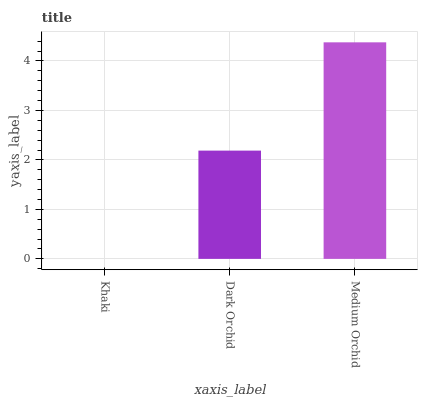
| xaxis_label | bars |
 | --- | --- |
 | Khaki | 0 |
 | Dark Orchid | 2.19 |
 | Medium Orchid | 4.38 |